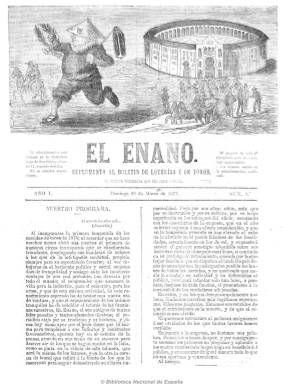
Título: Suplemento al Boletín de loterías y de toros
Otros títulos: El Enano, suplemento al Boletín de loterías y de toros || Boletín de loterías y de toros. Suplemento
Colección: Toros
Ámbito geográfico: Madrid
Lugar de publicación: Madrid
Fechas: 28/03/1875-25/06/1882

Aunque en su cabecera resaltan los títulos de El enano y del Boletín… e inicia numeración propia, al poco tiempo esta publicación retoma la secuencia de la cabecera original fundada por José Carmona y Jiménez. De un tamaño inferior al Boletín…, su periodicidad es también semanal, pero apareciendo los domingos o “terminada que sea cada semana”, como reza la leyenda que aparece bajo el título, y de cuatro páginas. Se dedica exclusivamente a publicar crónicas de sus corresponsales de las corridas de toros celebradas en las distintas plazas españolas, en las que son utilizadas a veces las composiciones en verso. Pero también incluye algunas charadas y anagramas, anuncios comerciales y un folletín en el faldón, dedicado a biografías de primeras ‘espadas”. Cuando el Boletín… retome en 1885 su cabecera original –El enano-, esta cabecera publicará asimismo su propio Suplemento.